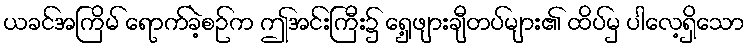
ယခင်အကြိမ် ရောက်ခဲ့စဉ်က ဤအင်းကြီး၌ ရှေ့ဖျားချီတပ်များ၏ ထိပ်မှ ပါလေ့ရှိသော